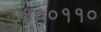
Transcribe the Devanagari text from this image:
१००११०